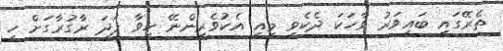
ތެރޭގައި ބައިވަރު ވާހަކަ ދެކެވި މިއީ އެކުވެރިންނޭ ހީވާ ފަދަ ރާގުރާގަށް ހީ